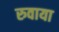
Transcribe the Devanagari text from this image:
रुवाया